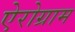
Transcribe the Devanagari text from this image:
ऐरोग्राम